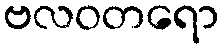
ဗလဝတရော